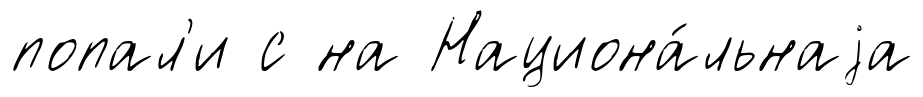
попал'и с на Национа́льнаjа